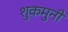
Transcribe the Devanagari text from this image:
शुकमुनी